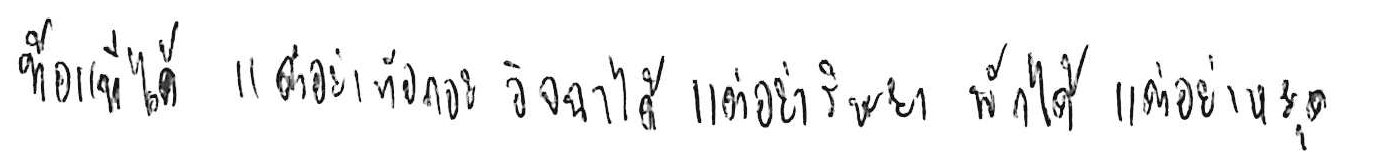
ท้อแท้ได้ แต่อย่าท้อถอย อิจฉาได้ แต่อย่าริษยา พักได้ แต่อย่าหยุด